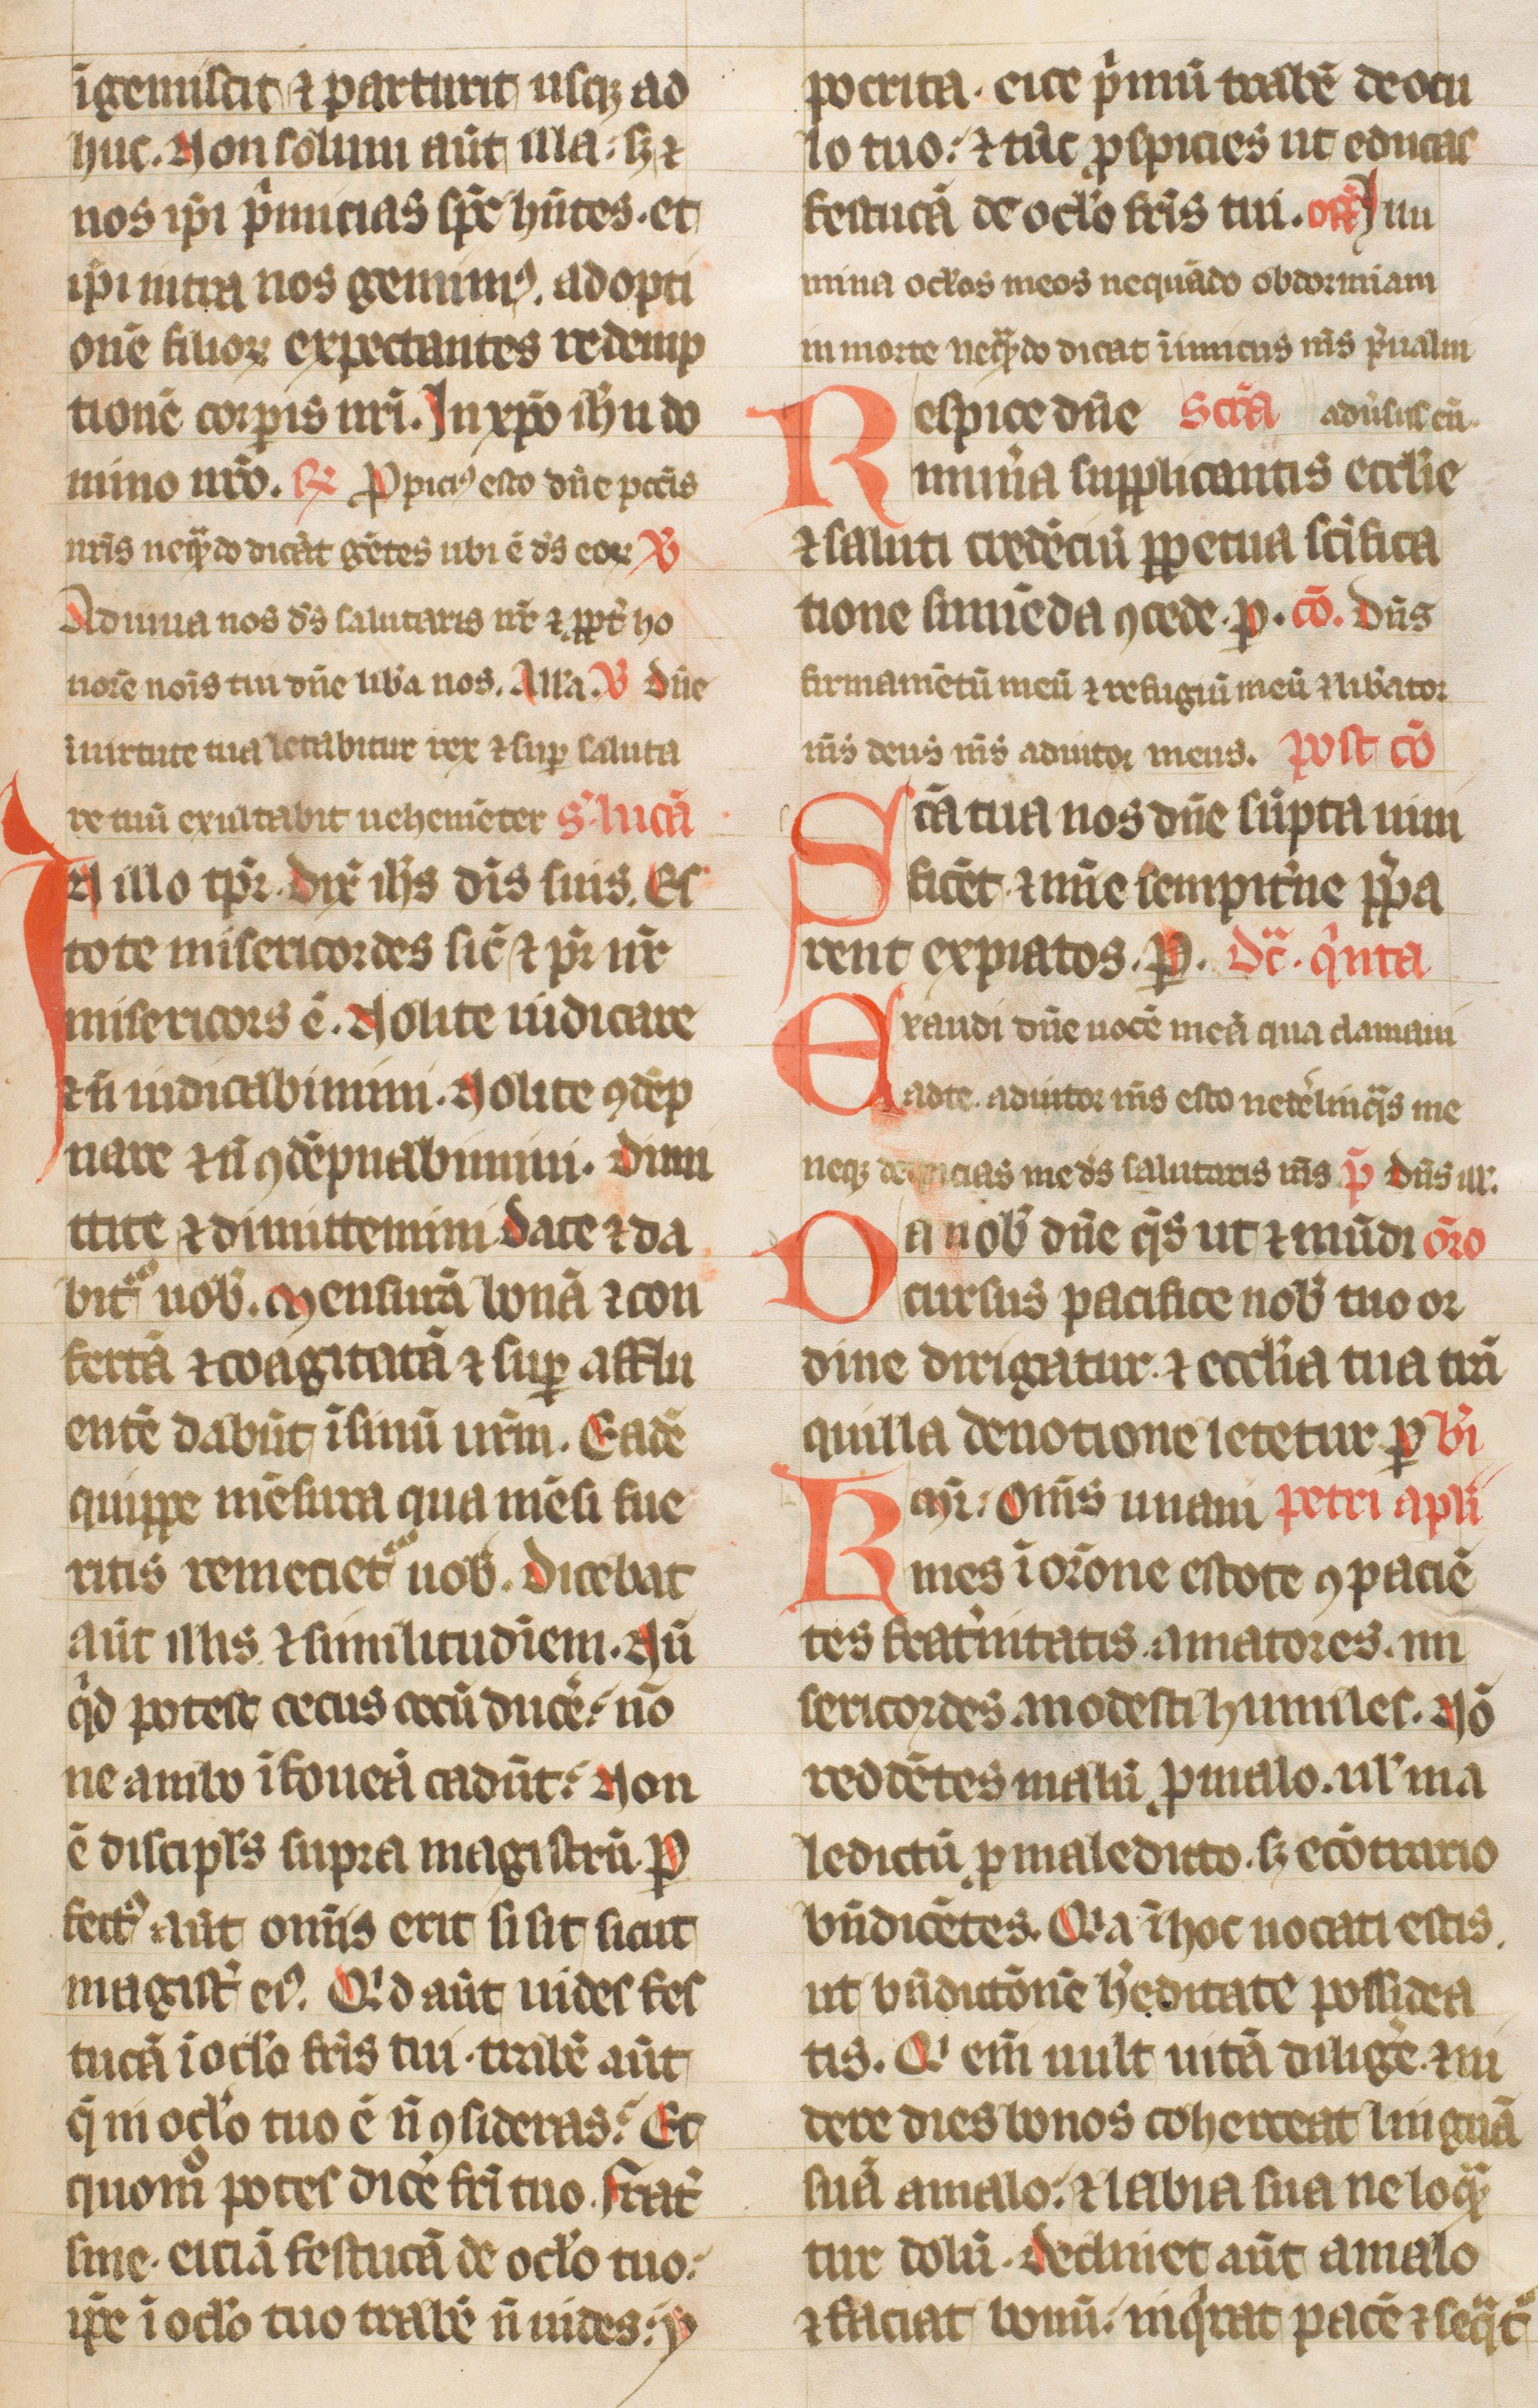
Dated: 1300–1399